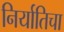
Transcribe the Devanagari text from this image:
निर्यातिचा